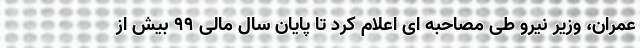
عمران، وزیر نیرو طی مصاحبه ای اعلام کرد تا پایان سال مالی 99 بیش از